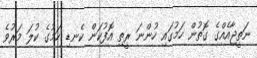
ނަތީޖާއެއްގެ ގޮތުން ހަމުގައި ހުންނަ ރީތި އޮފުކަން ކެނޑި ހަމުގެ ކުލަ މަރުވެ